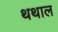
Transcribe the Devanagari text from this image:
थथाल